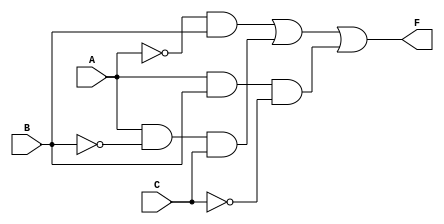
module combinational_logic (
    input wire A,  // Input A
    input wire B,  // Input B
    input wire C,  // Input C
    output wire F  // Output F
);

// Internal signals for intermediate products
wire A_not;      // NOT A
wire B_not;      // NOT B
wire C_not;      // NOT C
wire term1;      // A'B
wire term2;      // AB'C
wire term3;      // ABC'

// NOT gates
not (A_not, A);
not (B_not, B);
not (C_not, C);

// AND gates for product terms
and (term1, A_not, B);    // A'B
and (term2, A, B_not, C);  // AB'C
and (term3, A, B, C_not);  // ABC'

// OR gate for final output
or (F, term1, term2, term3); // F = A'B + AB'C + ABC'

endmodule